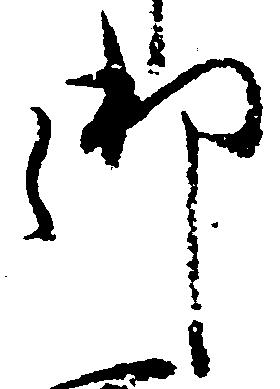
御